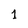
Character: 1